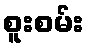
စူးစမ်း